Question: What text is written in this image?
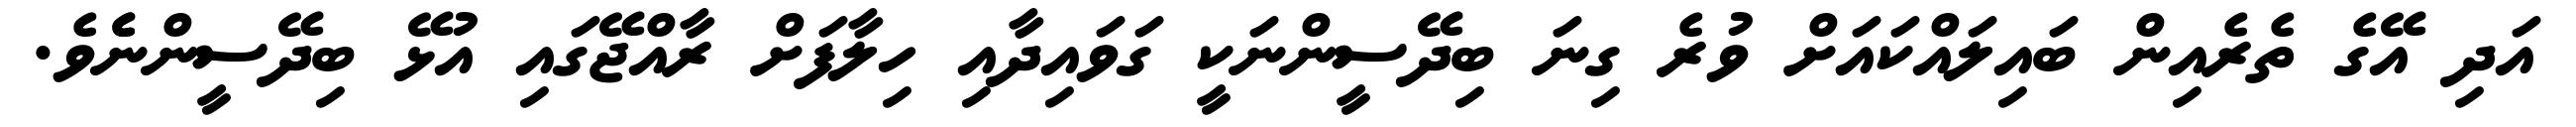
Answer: އަދި އޭގެ ތެރެއިން ބައިލައްކައަށް ވުރެ ގިނަ ބިދޭސީންނަކީ ގަވައިދާއި ހިލާފަށް ރާއްޖޭގައި އުޅޭ ބިދޭސީންނެެވެ.